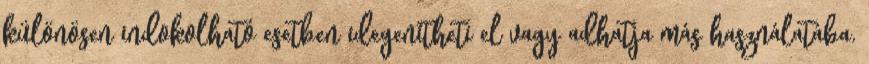
különösen indokolható esetben idegenítheti el vagy adhatja más használatába.